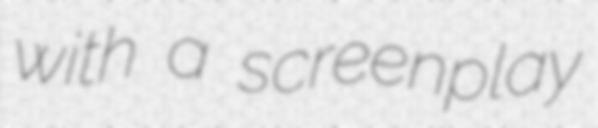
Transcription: with a screenplay